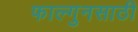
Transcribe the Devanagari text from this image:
फाल्गुनसाठी